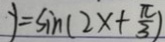
y = \sin ( 2 x + \frac { \pi } { 3 } )